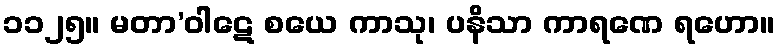
၁၁၂၅။ မတာ’ဝါဋေ စယေ ကာသု၊ ပနိသာ ကာရဏေ ရဟော။